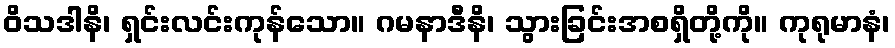
ဝိသဒါနိ၊ ရှင်းလင်းကုန်သော။ ဂမနာဒီနိ၊ သွားခြင်းအစရှိတို့ကို။ ကုရုမာနံ၊